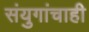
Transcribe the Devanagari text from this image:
संयुगांचाही